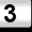
Digit: 3